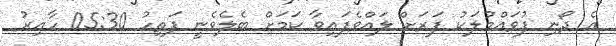
އެ ދޯނި ފުވައްމުލަކު ފަރަށް ލައްވެފައިވާ ކަމަށް ބެލެވެނީ ފަތިހު 05:30 ހާއިރު